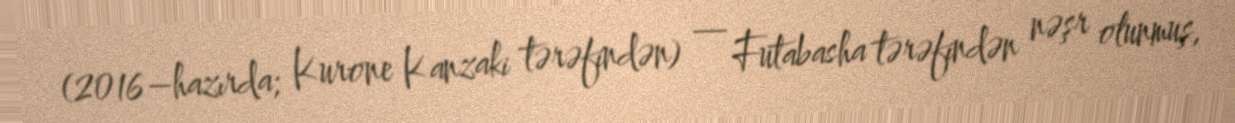
(2016–hazırda; Kurone Kanzaki tərəfindən) — Futabasha tərəfindən nəşr olunmuş,